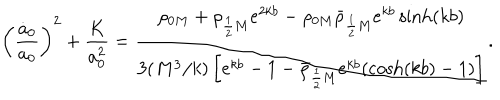
\left( \frac { \dot { a } _ { 0 } } { a _ { 0 } } \right) ^ { 2 } + \frac { K } { a _ { 0 } ^ { 2 } } = \frac { \rho _ { 0 M } + \rho _ { \frac 1 2 M } e ^ { 2 k b } - \rho _ { 0 M } \bar { \rho } _ { \frac 1 2 M } e ^ { k b } \sinh ( k b ) } { 3 ( M ^ { 3 } / k ) \left[ e ^ { k b } - 1 - \bar { \rho } _ { \frac 1 2 M } e ^ { k b } ( \cosh ( k b ) - 1 ) \right] } .